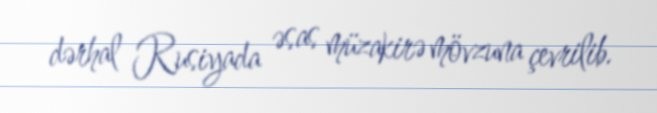
dərhal Rusiyada əsas müzakirə mövzuna çevrilib.